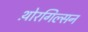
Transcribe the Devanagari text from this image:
थ़ोरगिल्सन